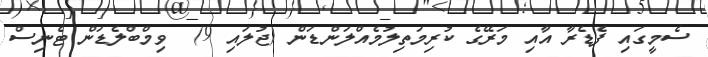
ސެމީގައި ފެޑެރާ އާއި މަރޭގެ ކުރިމަތިލުމެއްލަންޑަން (ޖުލައި 9)  ވިމްބްލެޑަން ޓެނިސް